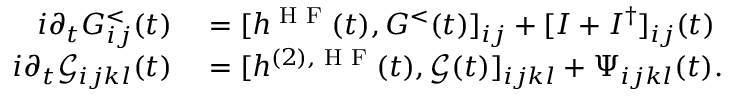
\begin{array} { r l } { i \partial _ { t } G _ { i j } ^ { < } ( t ) } & { { } = [ h ^ { \textrm { H F } } ( t ) , G ^ { < } ( t ) ] _ { i j } + [ I + I ^ { \dagger } ] _ { i j } ( t ) } \\ { i \partial _ { t } \mathcal { G } _ { i j k l } ( t ) } & { { } = [ h ^ { ( 2 ) , \textrm { H F } } ( t ) , \mathcal { G } ( t ) ] _ { i j k l } + \Psi _ { i j k l } ( t ) . } \end{array}